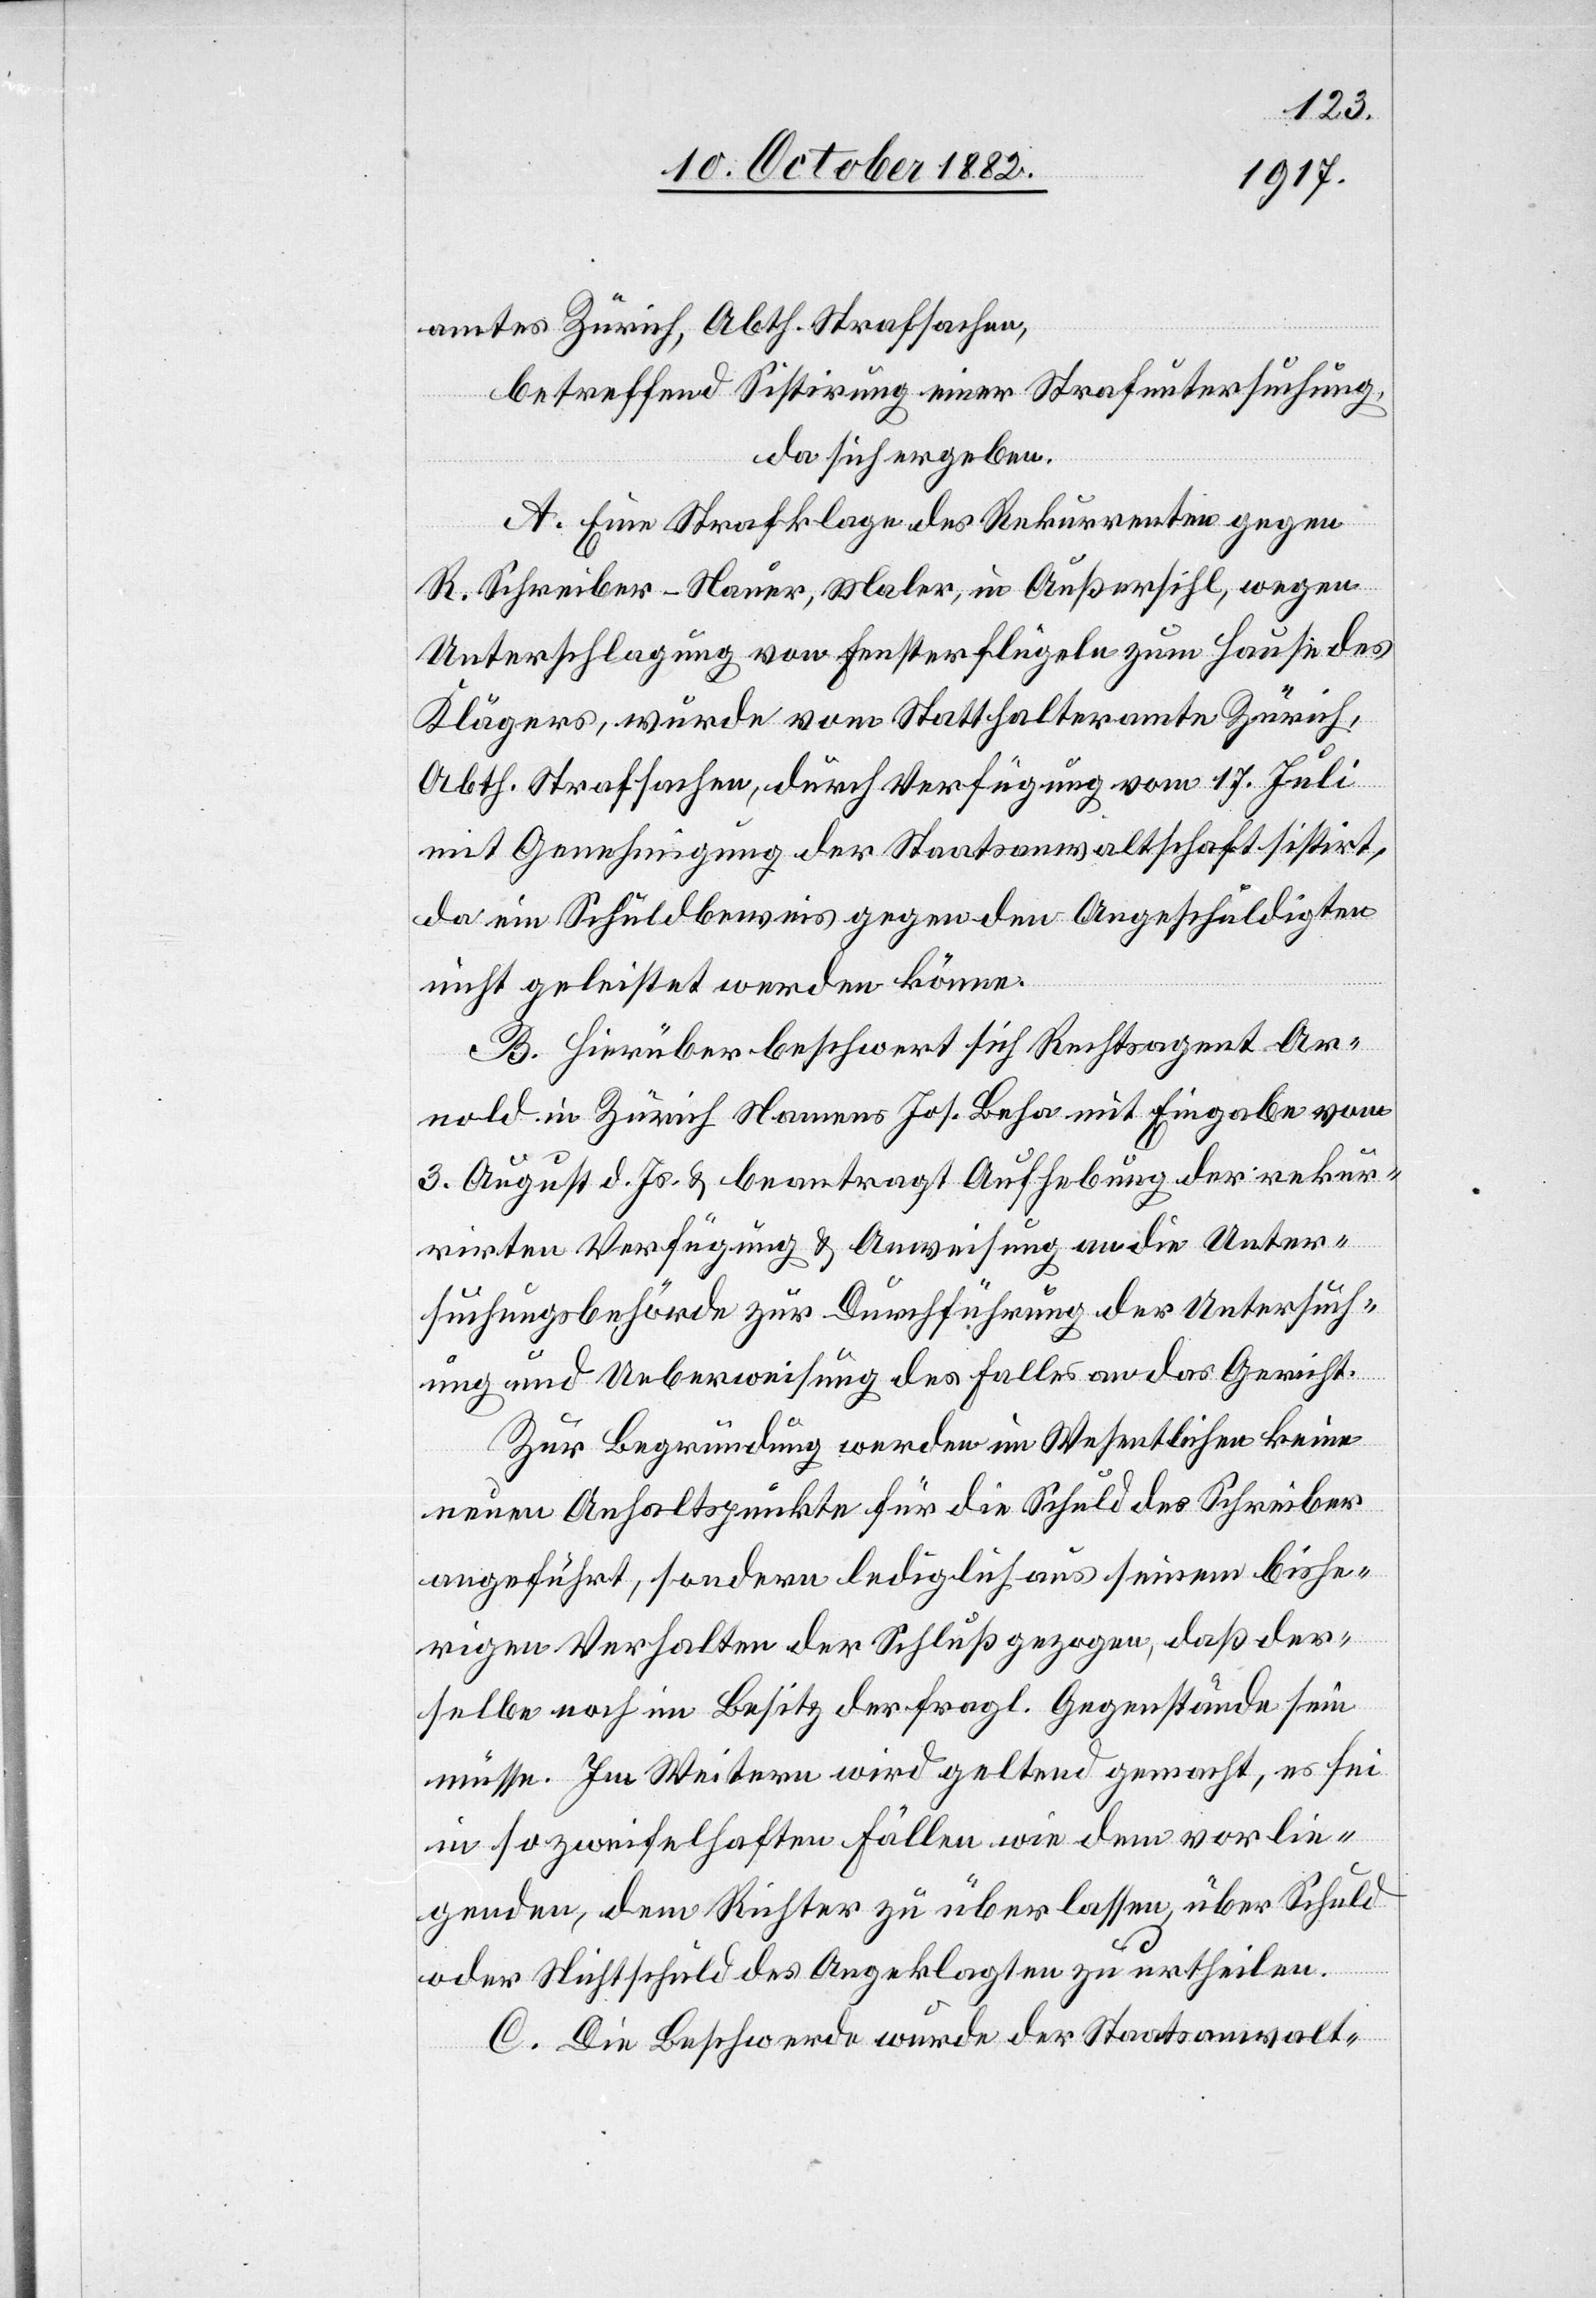
amtes Zürich, Abth. Strafsachen,
betreffend Sistirung eines Strafuntersuchung,
da sich ergeben:
A. Eine Strafklage des Rekurrenten gegen
R. Schreiber-Nauer, Maler, in Außersihl, wegen
Unterschlagung von Fensterflügeln zum Hause des
Klägers, wurde vom Statthalteramte Zürich,
Abth. Strafsachen, durch Verfügung vom 17. Juli
mit Genehmigung der Staatsanwaltschaft sistirt,
da ein Schuldbeweis gegen den Angeschuldigten
nicht geleistet werden könne.
B. Hierüber beschwert sich Rechtsagent Ar¬
nold in Zürich Namens Jos. Beha mit Eingabe vom
3. August d. Js. & beantragt Aufhebung der rekur¬
rirten Verfügung & Anweisung an die Unter¬
suchungsbehörde zur Durchführung der Untersuch¬
ung und Ueberweisung des Falles an das Gericht.
Zur Begründung werden im Wesentlichen keine
neuen Anhaltspunkte für die Schuld des Schreiber
angeführt, sondern lediglich aus seinem bishe¬
rigen Verhalten der Schluß gezogen, daß der¬
selbe noch im Besitz der fragl. Gegenstände sein
müsse. Im Weitern wird geltend gemacht, es sei
in so zweifelhaften Fällen wie dem vorlie¬
genden, dem Richter zu überlassen, über Schuld
und Nichtschuld des Angeklagten zu urtheilen.
C. Die Beschwerde wurde der Staatsanwalt-